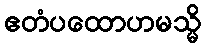
ဧတံပထောဟမသ္မိ